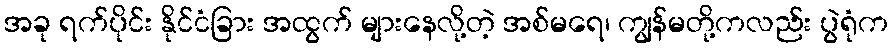
အခု ရက်ပိုင်း နိုင်ငံခြား အထွက် များနေလို့တဲ့ အစ်မရေ၊ ကျွန်မတို့ကလည်း ပွဲရုံက